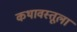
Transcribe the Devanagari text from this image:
कथावस्तूला